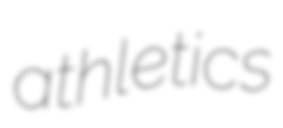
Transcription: athletics